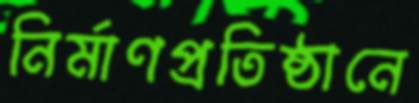
নির্মাণপ্রতিষ্ঠানে